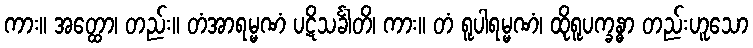
ကား။ အတ္ထော၊ တည်း။ တံအာရမ္မဏံ ပဋိသင်္ခါတိ၊ ကား။ တံ ရူပါရမ္မဏံ၊ ထိုရူပက္ခန္ဓာ တည်းဟူသော